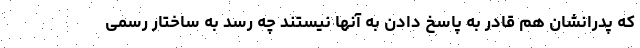
که پدرانشان هم قادر به پاسخ دادن به آنها نیستند چه رسد به ساختار رسمی